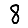
Digit: 8